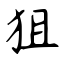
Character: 狙